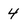
Character: 4